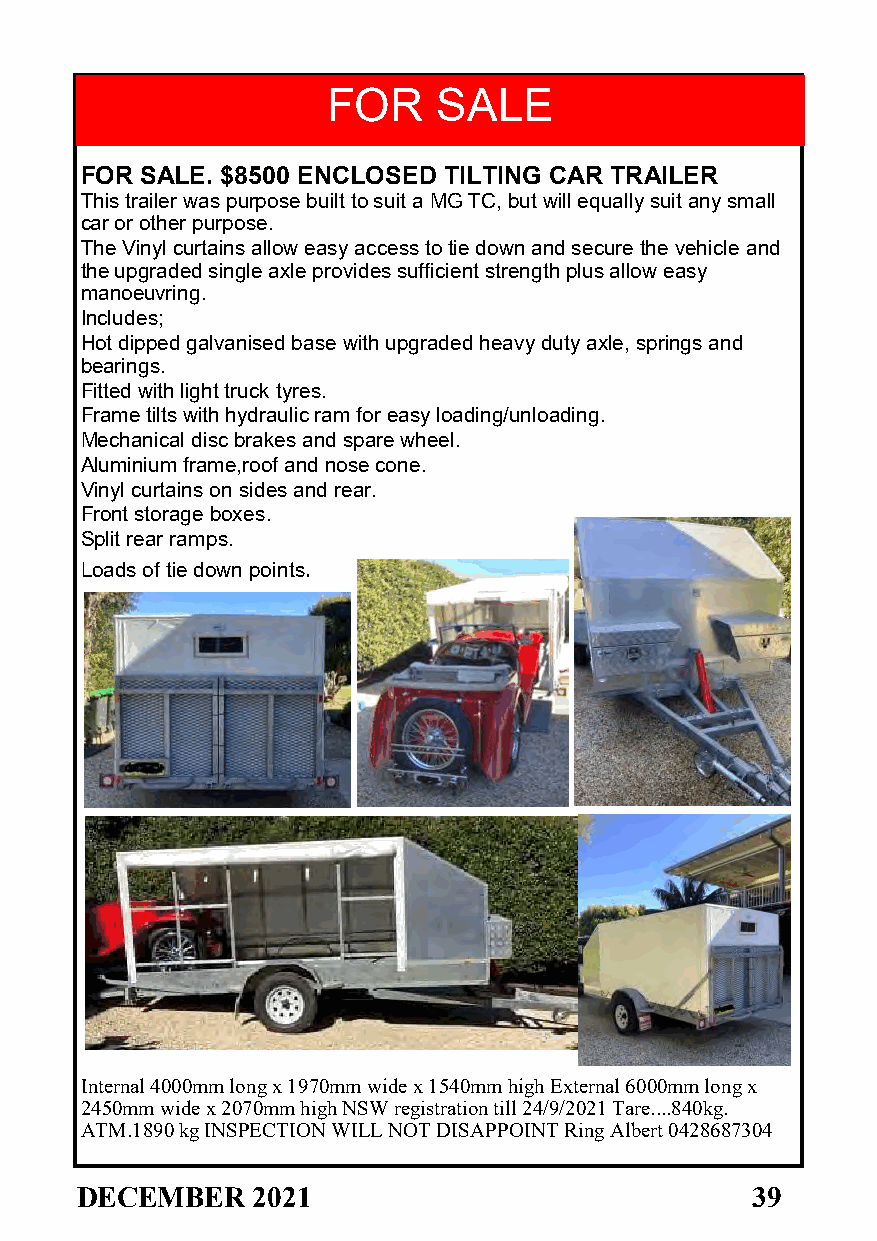
FOR    SALE
 FOR SALE. $8500 ENCLOSED TILTING CAR TRAILER
 This trailer was purpose built to suit a MG TC, but will equally suit any small
 car or other purpose.
 The Vinyl curtains allow easy access to tie down and secure the vehicle and
 the upgraded single axle provides sufficient strength plus allow easy
 manoeuvring.
 Includes;
 Hot dipped galvanised base with upgraded heavy duty axle, springs and
 bearings.
 Fitted with light truck tyres.
 Frame tilts with hydraulic ram for easy loading/unloading.
 Mechanical disc brakes and spare wheel.
 Aluminium frame,roof and nose cone.
 Vinyl curtains on sides and rear.
 Front storage boxes.
 Split rear ramps.
 Loads of tie down points.
 Internal 4000mm long x 1970mm wide x 1540mm high External 6000mm long x
 2450mm wide x 2070mm high NSW registration till 24/9/2021 Tare....840kg.
 ATM.1890 kg INSPECTION WILL NOT DISAPPOINT Ring Albert 0428687304
 DECEMBER    2021                             39